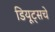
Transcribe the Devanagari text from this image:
डियूट्सचे